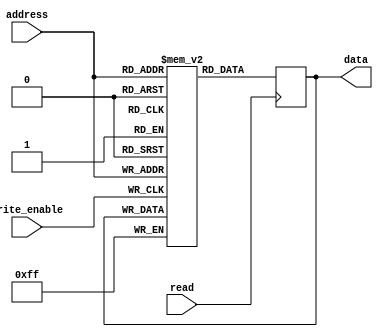
module PROM(
    input wire [7:0] address,
    input wire write_enable,
    input wire read,
    output reg [7:0] data
);

reg [7:0] memory [0:255];

always @ (posedge write_enable)
begin
    memory[address] <= data;
end

always @ (posedge read)
begin
    data <= memory[address];
end

endmodule